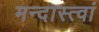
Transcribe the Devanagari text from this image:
मन्दास्त्वां